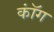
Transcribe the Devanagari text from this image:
कॉंग